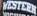
WESTERN